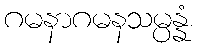
ဂမနာဂမနသမ္ပန္နံ